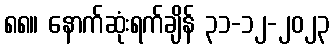
၈၈။ နောက်ဆုံးရက်ချိန် ၃၁-၁၂-၂၀၂၃